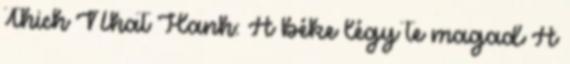
Thich Nhat Hanh: A béke légy te magad A